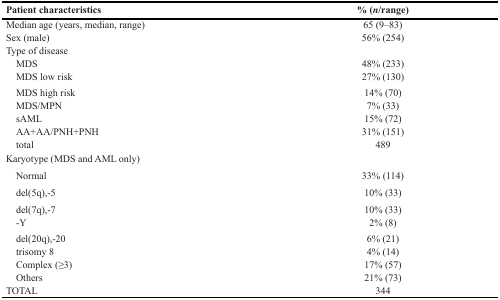
<table><thead><tr><td><b>Patient characteristics</b></td><td><b>% (<i>n</i>/range)</b></td></tr></thead><tbody><tr><td>Median age (years, median, range)</td><td>65 (9–83)</td></tr><tr><td>Sex (male)</td><td>56% (254)</td></tr><tr><td>Type of disease</td><td></td></tr><tr><td> MDS</td><td>48% (233)</td></tr><tr><td> MDS low risk</td><td>27% (130)</td></tr><tr><td> MDS high risk</td><td>14% (70)</td></tr><tr><td> MDS/MPN</td><td>7% (33)</td></tr><tr><td> sAML</td><td>15% (72)</td></tr><tr><td> AA+AA/PNH+PNH</td><td>31% (151)</td></tr><tr><td> total</td><td>489</td></tr><tr><td>Karyotype (MDS and AML only)</td><td></td></tr><tr><td> Normal</td><td>33% (114)</td></tr><tr><td> del(5q),-5</td><td>10% (33)</td></tr><tr><td> del(7q),-7</td><td>10% (33)</td></tr><tr><td> -Y</td><td>2% (8)</td></tr><tr><td> del(20q),-20</td><td>6% (21)</td></tr><tr><td> trisomy 8</td><td>4% (14)</td></tr><tr><td> Complex (≥3)</td><td>17% (57)</td></tr><tr><td> Others</td><td>21% (73)</td></tr><tr><td>TOTAL</td><td>344</td></tr></tbody></table>